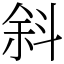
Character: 斜